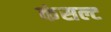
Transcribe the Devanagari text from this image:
कंसल्ट